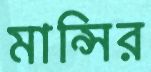
মান্সির